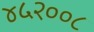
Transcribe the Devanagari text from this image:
४५२००८